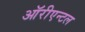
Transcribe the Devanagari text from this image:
ऑरीएन्टल